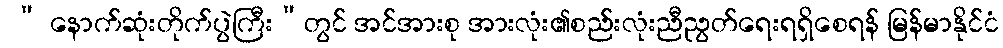
 “ နောက်ဆုံးတိုက်ပွဲကြီး”တွင် အင်အားစု အားလုံး၏စည်းလုံးညီညွတ်ရေးရရှိစေရန် မြန်မာနိုင်ငံ